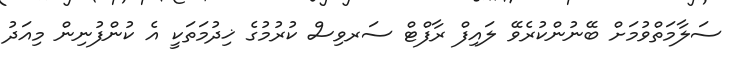
ސަލާމަތްވުމަށް ބޭނުންކުރެވޭ ލައިފް ރާފްޓް ސަރވިސް ކުރުމުގެ ޚިދުމަތަކީ އެ ކުންފުނިން މިއަދު